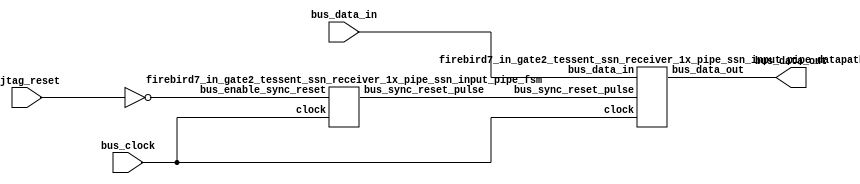
//--------------------------------------------------------------------------
//
//  Unpublished work. Copyright 2022 Siemens
//
//  This material contains trade secrets or otherwise confidential 
//  information owned by Siemens Industry Software Inc. or its affiliates 
//  (collectively, SISW), or its licensors. Access to and use of this 
//  information is strictly limited as set forth in the Customer's 
//  applicable agreements with SISW.
//
//--------------------------------------------------------------------------
//  File created by: Tessent Shell
//          Version: 2022.4
//--------------------------------------------------------------------------

module firebird7_in_gate2_tessent_ssn_receiver_1x_pipe_ssn_input_pipe (
  // Stream bus signals
  input wire          bus_clock,
  input wire  [19:0]  bus_data_in,
  output wire [19:0]  bus_data_out,
  // IJTAG signals
  input wire          ijtag_reset 
);
 
wire                  bus_sync_reset_pulse;
wire                  bus_enable_sync_reset;
 
assign bus_enable_sync_reset = ~ijtag_reset;
 
firebird7_in_gate2_tessent_ssn_receiver_1x_pipe_ssn_input_pipe_fsm fsm (
  .clock                      ( bus_clock               ),
  .bus_enable_sync_reset      ( bus_enable_sync_reset   ),
  .bus_sync_reset_pulse       ( bus_sync_reset_pulse    ) 
);
 
firebird7_in_gate2_tessent_ssn_receiver_1x_pipe_ssn_input_pipe_datapath datapath (
  .clock                      ( bus_clock               ),
  .bus_data_in                ( bus_data_in             ),
  .bus_sync_reset_pulse       ( bus_sync_reset_pulse    ),
  .bus_data_out               ( bus_data_out            )
);
 
endmodule
 
module firebird7_in_gate2_tessent_ssn_receiver_1x_pipe_ssn_input_pipe_fsm (
  input wire          clock,
  input wire bus_enable_sync_reset,
  output wire bus_sync_reset_pulse 
);
 
reg bus_sync_reset_ff;
 
always @ (posedge clock or posedge bus_enable_sync_reset) begin
  if (bus_enable_sync_reset) begin
    bus_sync_reset_ff       <= 1'b1;
  end else begin
    bus_sync_reset_ff       <= 1'b0;
  end
end
 
assign bus_sync_reset_pulse    = bus_sync_reset_ff;
 
endmodule
 
module firebird7_in_gate2_tessent_ssn_receiver_1x_pipe_ssn_input_pipe_datapath (
  input wire          clock,
  input wire  [19:0]  bus_data_in,
  input wire bus_sync_reset_pulse,
  output wire [19:0]  bus_data_out
);
 
reg    [19:0]         r0_n;
reg    [19:0]         r0;
 
 
// synopsys sync_set_reset "bus_sync_reset_pulse"
// Negedge clock is intended, this is retiming cell.
// spyglass disable_block W391
always @ (negedge clock) begin
  if (bus_sync_reset_pulse) begin
    r0_n <= 20'b0;
  end else begin
    r0_n <= bus_data_in;
  end
end
// spyglass enable_block W391
 
// synopsys sync_set_reset "bus_sync_reset_pulse"
always @ (posedge clock) begin
  if (bus_sync_reset_pulse) begin
    r0 <= 20'b0;
  end else begin
    r0 <= r0_n;
  end
end
 
assign bus_data_out = r0;
 
endmodule